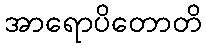
အာရောပိတောတိ